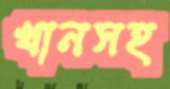
খানসহ